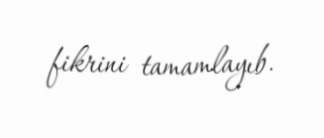
fikrini tamamlayıb.